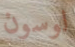
لوسون